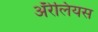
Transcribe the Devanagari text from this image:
ॲरेलियस